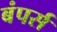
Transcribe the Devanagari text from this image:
बंपर्स